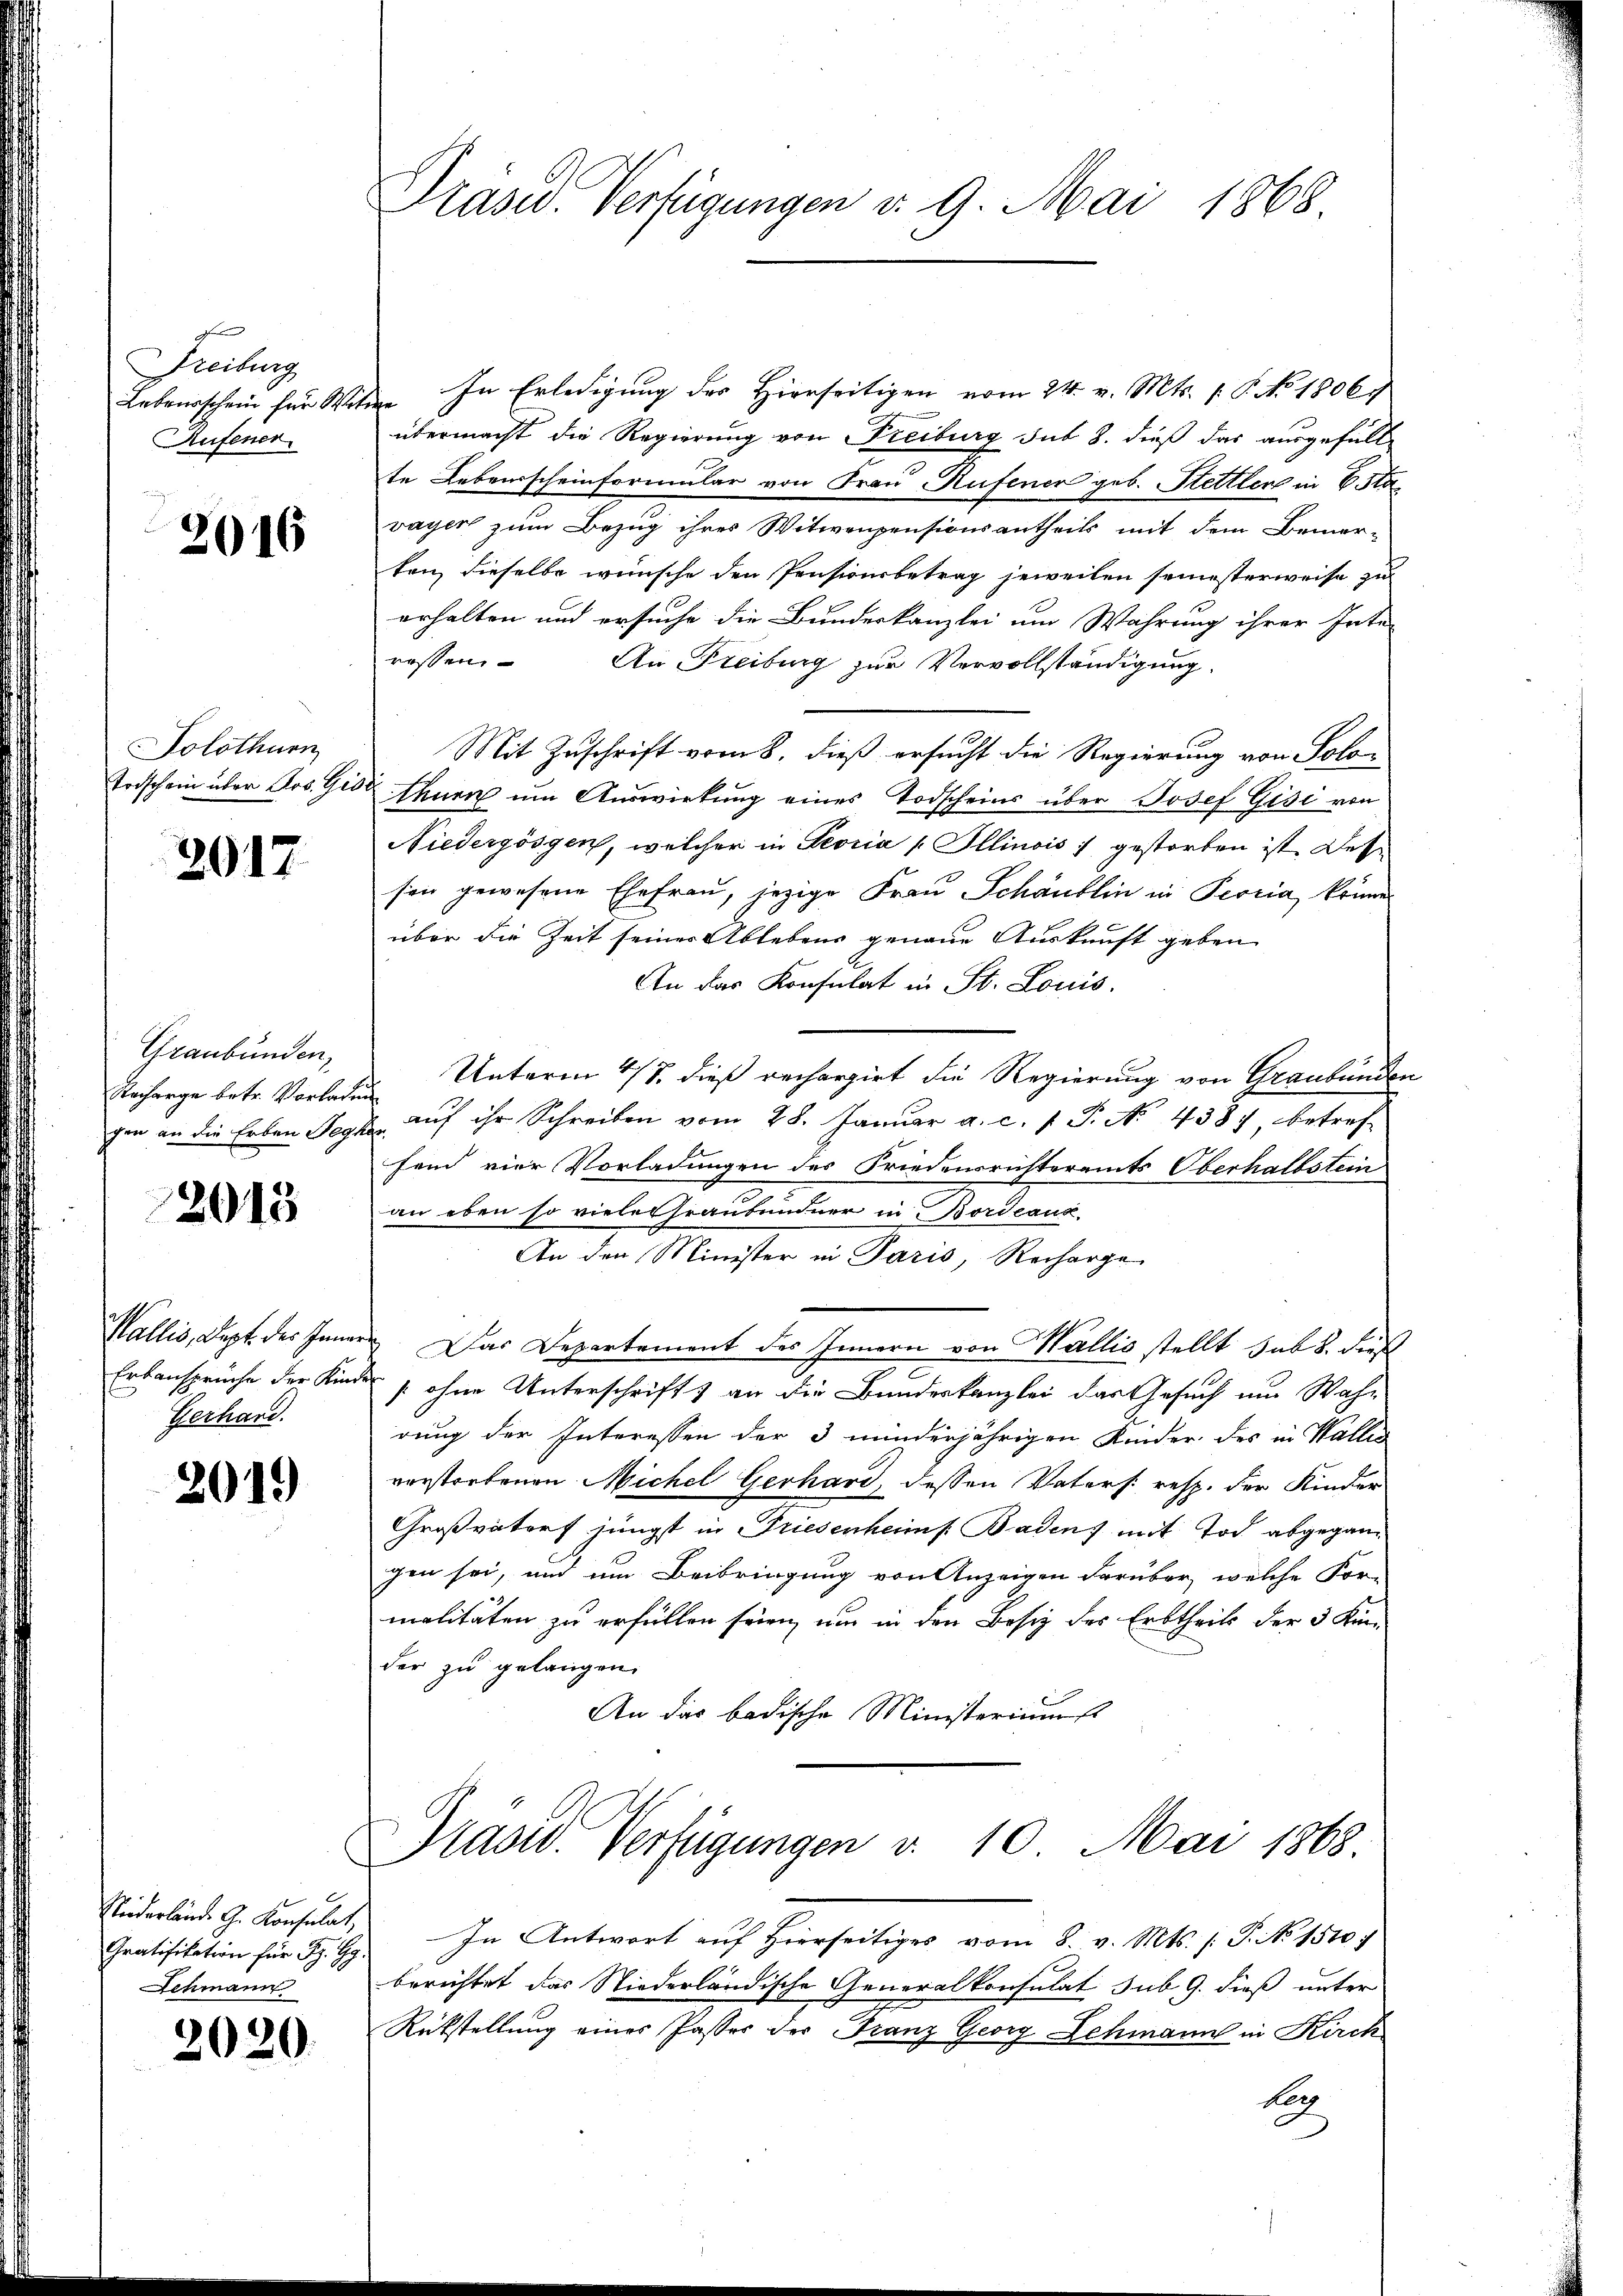
Freiburg
Aufener

2016

Solothurn

2017.

Graubünden,
Nacharge betr. Vorladung

2013

Wallis, Kopf des Inner
Erbansprüche der Kind
Gerhand.

2019

Gratifikation für Fr. Gy
Schmann

2020.

Präser. Verfügungen v. 9. Mai 1868.

Lebensschein für Witwe. In Erledigung des Hierseitigen vom 24. v. Mts. 1. P. No 1806.
übermacht die Regierung von Freiburg sub 8. dieß das ausgefüll
te Lebensscheinformular von Frau Rufener geb. Stettler in Esta-
vayer zum Bezug ihres Witwenpensionsantheils mit dem Bemerten, dieselbe wünsche den Pensionsbetrag jeweilen seinesterweise zu
erhalten und ersuche die Bundeskanzlei um Wahrung ihrer Inte-
ressen. An Freiburg zur Vervollständigung.
Mit Zuschrift vom 8. dieß ersucht die Regierung von Solo¬
Todschein über Jos. Geser thurn um Auswirkung eines Todscheins über Josef Gisi von
Niedergösgen, welcher in Peoria Illinois :/ gestorben ist. Desse
son gewesene Ehefrau, jezige Frau Schaublin in Peoria könne
über die Zeit seines Ablebens genaue Auskunft geben
An das Konsulat in St. Louis
Unterm 4/7. dieß rechargirt die Regierung von Graubünder
ghin an die Erben Segt aŭf ihr Schreiben vom 28. Janŭar a. c. 1 P. No. 438) betref-
fend vier Vorladungen des Friedensrichteramts Oberhalbstein
an eben so viele Graubündner in Bordeaux
An den Minister in Paris, Recharge
er. Das Departement des Innern von Wallis stellt sub 8. dieß
s ohne Unterschrift & an die Bundeskanzlei das Gesuch um Wah-
rung der Interessen der 3 minderjährigen Kinder des in Wallis
verstorbenen Michel Gerhard, dessen Vaters: resp. der Kinder
Großvatorf jüngst in Triesenheims Baden) mit Tod abgegangen sei, und um Beibringung von Anzeigen darüber, welche For-
malitäten zu erfüllen seien, um in den Besiz des Erbtheils der 3 Kin-
der zu gelangen.
An das badische Ministerium
Prasw. Verfügungen v. 10. Mai 1868.
Niederlände G. Konsulat In Antwort auf Hierseitiges vom 8. v. Mts. /: P. No 15107
berichtet das Niederländische Generalkonsulat sub. 9. dieß unter
Rückstellung einer Passer der Franz Georg Schmann in Kirch
ker